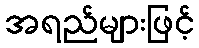
အရည်များဖြင့်